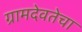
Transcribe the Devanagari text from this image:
ग्रामदेवतेचा